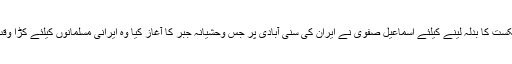
اس شکست کا بدلہ لینے کیلئے اسماعیل صفوی نے ایران کی سنی آبادی پر جس وحشیانہ جبر کا آغاز کیا وہ ایرانی مسلمانوں کیلئے کڑا وقت تھا۔